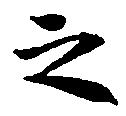
之